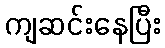
ကျဆင်းနေပြီး